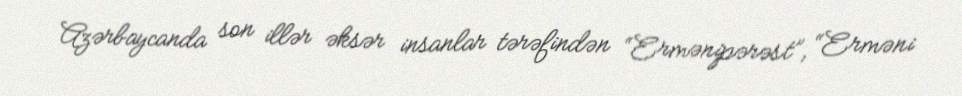
Azərbaycanda son illər əksər insanlar tərəfindən “Ermənipərəst”, “Erməni